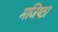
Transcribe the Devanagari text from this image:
मजिष्‍ठा